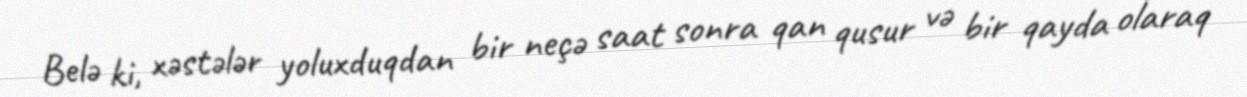
Belə ki, xəstələr yoluxduqdan bir neçə saat sonra qan qusur və bir qayda olaraq